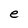
Character: e